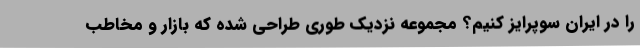
را در ایران سوپرایز کنیم؟ مجموعه نزدیک طوری طراحی شده که بازار و مخاطب